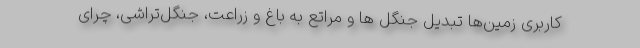
کاربری زمین‌ها تبدیل جنگل ها و مراتع به باغ و زراعت، جنگل‌تراشی، چرای